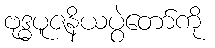
ဗုဒ္ဓပူဇနိယပွဲတော်ကို